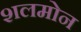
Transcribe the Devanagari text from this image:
शलमोन